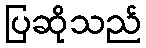
ပြဆိုသည်